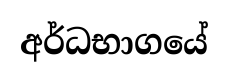
අර්ධභාගයේ